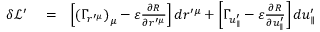
\begin{array} { r l r } { \delta \mathcal { L } ^ { \prime } } & { { } = } & { \left[ \left( \Gamma _ { r ^ { \prime \mu } } \right) _ { \mu } - \varepsilon \frac { \partial R } { \partial r ^ { \prime \mu } } \right] d r ^ { \prime \mu } + \left[ \Gamma _ { u _ { \parallel } ^ { \prime } } - \varepsilon \frac { \partial R } { \partial u _ { \parallel } ^ { \prime } } \right] d u _ { \parallel } ^ { \prime } } \end{array}